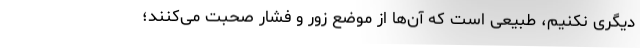
دیگری نکنیم، طبیعی است که آن‌ها از موضع زور و فشار صحبت می‌کنند؛